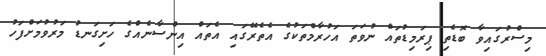
މިސްރުގައިވާ ބޮޑެތި ޕިރަމިޑުތައް ނުވަތަ އަހުރާމްތަކުގެ އެތެރޭގައި އެތައް އިންސާނެއްގެ ހަށިގަނޑު މަރުވުމަށްފަހު